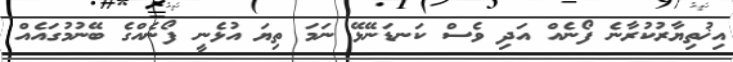
އިޚުތިޔާރުކުރާނެ ފޯނެއް އަދި ވެސް ކަނޑަނޭޅޭ ނަމަ ތިޔަ އުޅެނީ ފޯނެއްގެ ބޭނުމުގައެއް